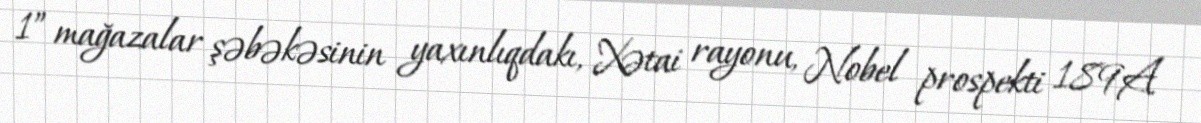
1” mağazalar şəbəkəsinin yaxınlıqdakı, Xətai rayonu, Nobel prospekti 189A